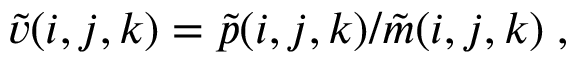
\Tilde { v } ( i , j , k ) = \Tilde { p } ( i , j , k ) / \Tilde { m } ( i , j , k ) \; ,